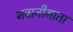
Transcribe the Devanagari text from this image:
भवानीमाता